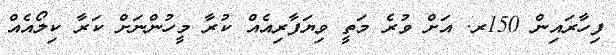
ފިހާރައިން 150ރ. އަށް ވުރެ މަތީ ވިޔަފާރިއެއް ކުރާ މީހުންނަށް ކަރާ ކިލޯއެއް